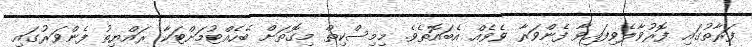
ފަރާތުގައި ފޮރުވާލެވިފައިވާ ފެންވަރާ ވެވެއް އެބައޮތެވެ. މިމިސްކިތް މިގޮތަށް ބެހެއްޓުމަށްޓަކާ ރައްޔިތު ފެންވަރުގައި